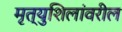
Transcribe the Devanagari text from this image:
मृत्युशिलांवरील